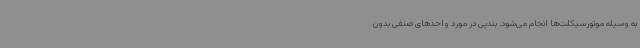
به وسیله موتورسیکلت‌ها انجام می‌شود. بندپی در مورد واحدهای صنفی بدون